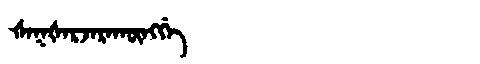
Manchu: ᡧᠠᡴᡧᠠᡵᠵᠠᡵᠠᡴᡡᠩᡤᡝ
Romanization: ŠAKŠARJARAKŪNGGE